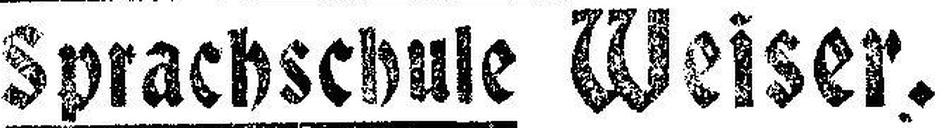
Sprachschule Weiser.